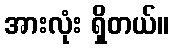
အားလုံး ရှိတယ်။